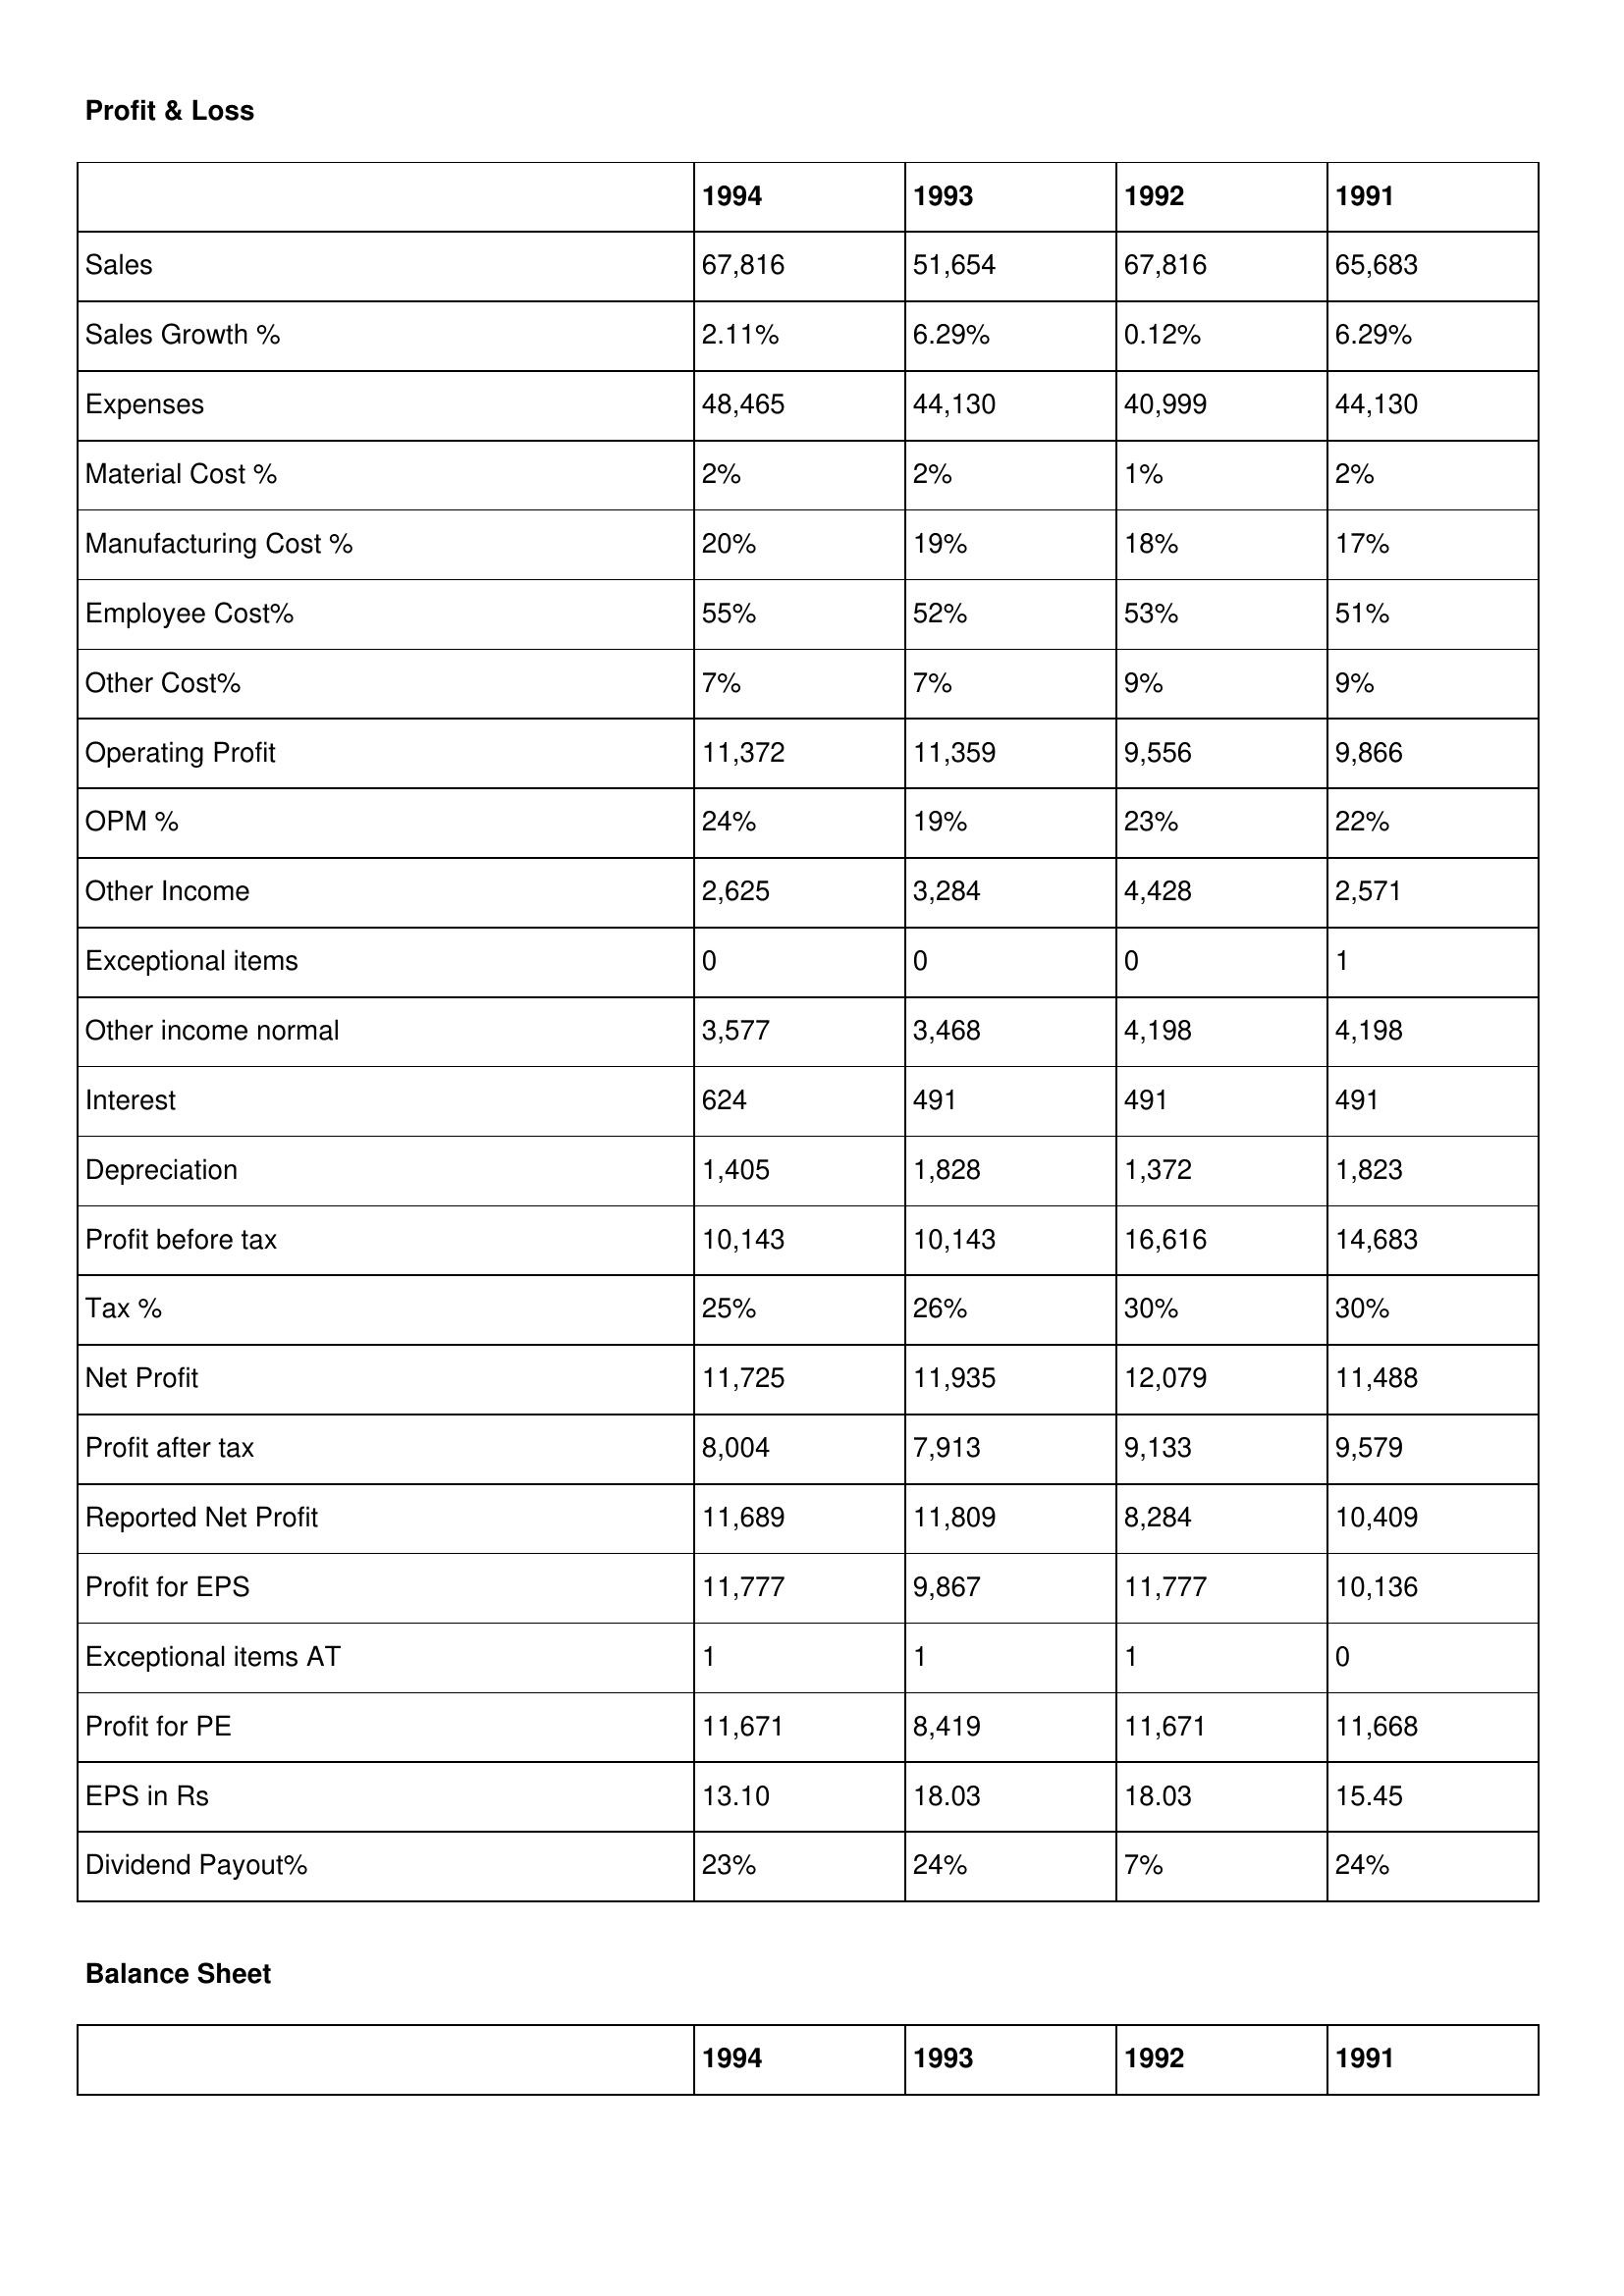
gt_parse: 1994: Profit & Loss: Sales: 67,816
Sales Growth %: 2.11%
Expenses: 48,465
Material Cost %: 2%
Manufacturing Cost %: 20%
Employee Cost%: 55%
Other Cost%: 7%
Operating Profit: 11,372
OPM %: 24%
Other Income: 2,625
Exceptional items: 0
Other income normal: 3,577
Interest: 624
Depreciation: 1,405
Profit before tax: 10,143
Tax %: 25%
Net Profit: 11,725
Profit after tax: 8,004
Reported Net Profit: 11,689
Profit for EPS: 11,777
Exceptional items AT: 1
Profit for PE: 11,671
EPS in Rs: 13.10
Dividend Payout%: 23%
1993: Profit & Loss: Sales: 51,654
Sales Growth %: 6.29%
Expenses: 44,130
Material Cost %: 2%
Manufacturing Cost %: 19%
Employee Cost%: 52%
Other Cost%: 7%
Operating Profit: 11,359
OPM %: 19%
Other Income: 3,284
Exceptional items: 0
Other income normal: 3,468
Interest: 491
Depreciation: 1,828
Profit before tax: 10,143
Tax %: 26%
Net Profit: 11,935
Profit after tax: 7,913
Reported Net Profit: 11,809
Profit for EPS: 9,867
Exceptional items AT: 1
Profit for PE: 8,419
EPS in Rs: 18.03
Dividend Payout%: 24%
1992: Profit & Loss: Sales: 67,816
Sales Growth %: 0.12%
Expenses: 40,999
Material Cost %: 1%
Manufacturing Cost %: 18%
Employee Cost%: 53%
Other Cost%: 9%
Operating Profit: 9,556
OPM %: 23%
Other Income: 4,428
Exceptional items: 0
Other income normal: 4,198
Interest: 491
Depreciation: 1,372
Profit before tax: 16,616
Tax %: 30%
Net Profit: 12,079
Profit after tax: 9,133
Reported Net Profit: 8,284
Profit for EPS: 11,777
Exceptional items AT: 1
Profit for PE: 11,671
EPS in Rs: 18.03
Dividend Payout%: 7%
1991: Profit & Loss: Sales: 65,683
Sales Growth %: 6.29%
Expenses: 44,130
Material Cost %: 2%
Manufacturing Cost %: 17%
Employee Cost%: 51%
Other Cost%: 9%
Operating Profit: 9,866
OPM %: 22%
Other Income: 2,571
Exceptional items: 1
Other income normal: 4,198
Interest: 491
Depreciation: 1,823
Profit before tax: 14,683
Tax %: 30%
Net Profit: 11,488
Profit after tax: 9,579
Reported Net Profit: 10,409
Profit for EPS: 10,136
Exceptional items AT: 0
Profit for PE: 11,668
EPS in Rs: 15.45
Dividend Payout%: 24%